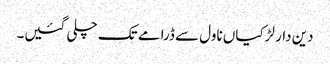
دین دار لڑکیاں ناول سے ڈرامے تک چلی گئیں۔